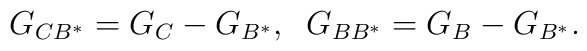
G_{CB^{\ast}}=G_{C}-G_{B^{\ast}},\;\;G_{BB^{\ast}}=G_{B}-G_{B^\ast}.